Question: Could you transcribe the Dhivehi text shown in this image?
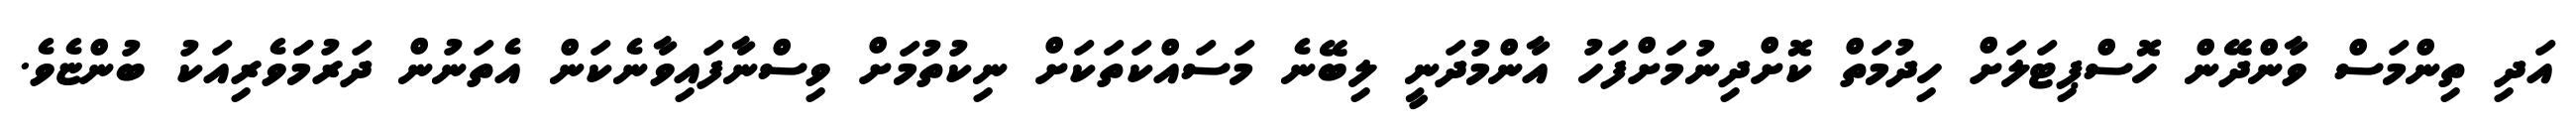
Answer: އަދި ތިންމަސް ވާންދޭން ހޮސްޕިޓަލަށް ހިދުމަތް ކޮށްދިނުމަށްފަހު އާންމުދަނީ ލިބޭނެ މަސައްކަތަކަށް ނިކުތުމަށް ވިސްނާފައިވާނެކަން އެތަނުން ދަރުމަަވެރިއަކު ބުންޏެވެ.